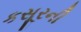
કસૂરની